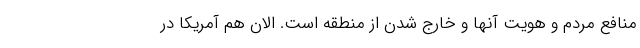
منافع مردم و هویت آنها و خارج شدن از منطقه است. الان هم آمریکا در